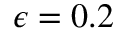
\epsilon = 0 . 2